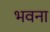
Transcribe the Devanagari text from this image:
भवना